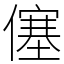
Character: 僿